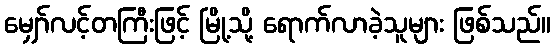
မျှော်လင့်တကြီးဖြင့် မြို့သို့ ရောက်လာခဲ့သူများ ဖြစ်သည်။